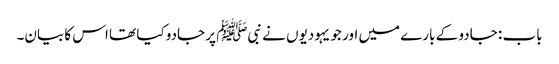
باب : جادو کے بارے میں اور جو یہودیوں نے نبیﷺ پر جادو کیا تھا اس کا بیان۔